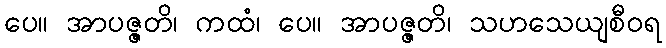
ပေ။ အာပဇ္ဇတိ၊ ကထံ၊ ပေ။ အာပဇ္ဇတိ၊ သဟသေယျစီဝရ